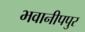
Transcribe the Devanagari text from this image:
भवानीपपुर